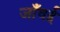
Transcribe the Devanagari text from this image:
जाँवई